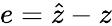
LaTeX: e={\hat{z}}-z